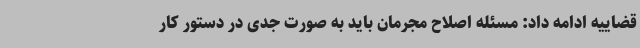
قضاییه ادامه داد: مسئله اصلاح مجرمان باید به صورت جدی در دستور کار